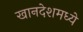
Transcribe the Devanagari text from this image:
खानदेशमध्ये